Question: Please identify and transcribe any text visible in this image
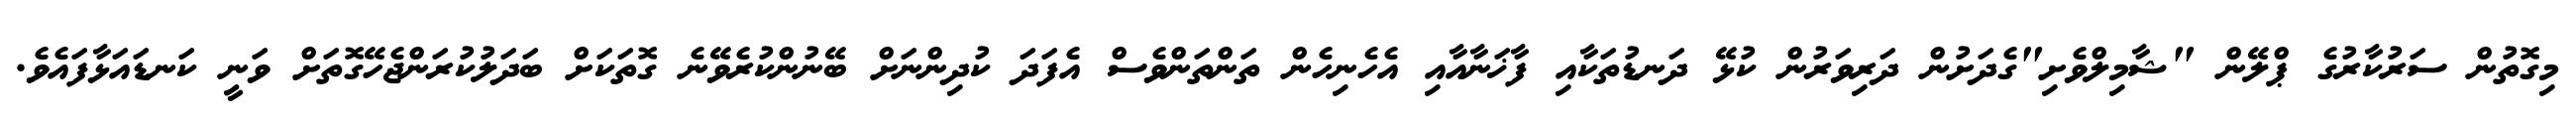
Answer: މިގޮތުން ސަރުކާރުގެ ޕްލޭން "ޝާމިލްވެށި"ގެދަށުން ދަރިވަރުން ކުޅޭ ދަނޑުތަކާއި ފާޚަނާއާއި އެހެނިހެން ތަންތަންވެސް އެފަދަ ކުދިންނަށް ބޭނުންކުރެވޭނެ ގޮތަކަށް ބަދަލުކުރަންޖެހޭގޮތަށް ވަނީ ކަނޑައަޅާފައެވެ.